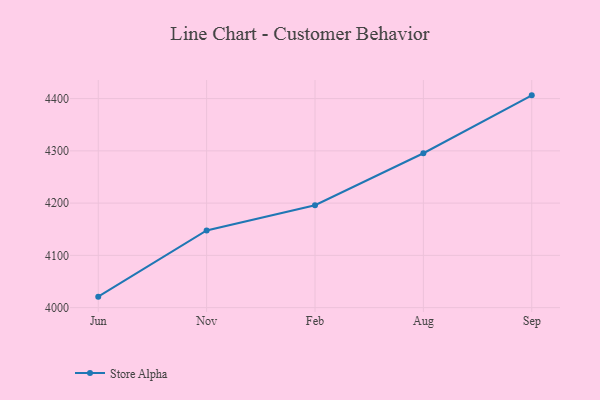
{"axis": {"x": "Month", "y": "Active Users"}, "legend": ["Store Alpha"], "data": [{"x": "Jun", "y": 4021.0, "type": "Store Alpha"}, {"x": "Nov", "y": 4147.7, "type": "Store Alpha"}, {"x": "Feb", "y": 4196.0, "type": "Store Alpha"}, {"x": "Aug", "y": 4295.4, "type": "Store Alpha"}, {"x": "Sep", "y": 4406.2, "type": "Store Alpha"}]}